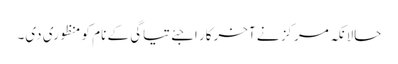
حالانکہ مرکز نے آخرکار اجئے تیاگی کے نام کو منظوری دی۔